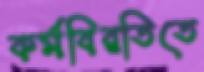
কর্মবিরতিতে